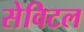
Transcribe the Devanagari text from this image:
सेविटल